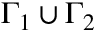
\Gamma _ { 1 } \cup \Gamma _ { 2 }